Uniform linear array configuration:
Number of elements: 4
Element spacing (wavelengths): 0.5
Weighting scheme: cosine
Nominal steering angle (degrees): -15
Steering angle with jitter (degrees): -15.633
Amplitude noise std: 0.05
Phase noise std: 0.05

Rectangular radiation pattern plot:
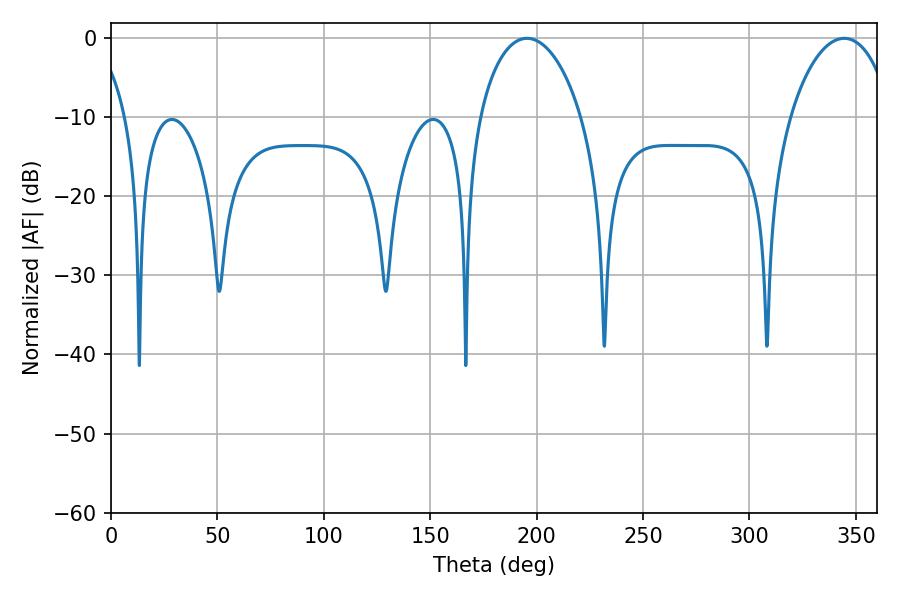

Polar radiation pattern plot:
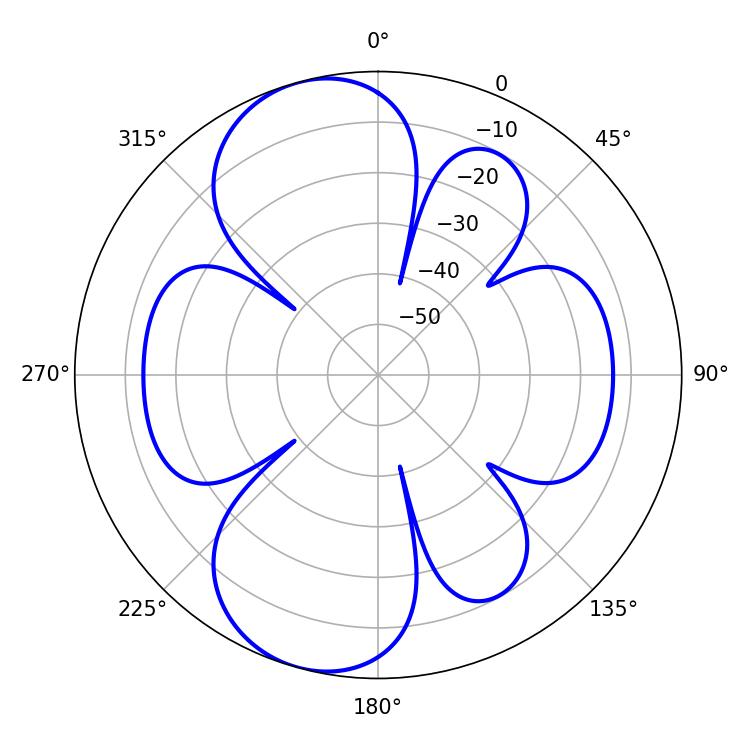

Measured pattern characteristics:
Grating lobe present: FALSE
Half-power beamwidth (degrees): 27.36
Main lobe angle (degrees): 195.48